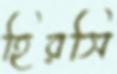
হিরসি